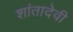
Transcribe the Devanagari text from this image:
शांतादेवी